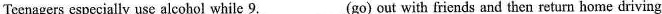
Teenagers especially use alcohol while 9. ___ (go) out with fricnds and then return home driving